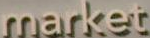
market